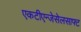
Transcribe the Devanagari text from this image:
एकटीएन्जेसेलसाफ्ट